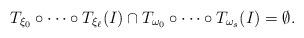
LaTeX: \begin{align*}T_{\xi_{0}}\circ\cdots\circ T_{\xi_{\ell}}(I)\cap T_{\omega_{0}}\circ\cdots\circ T_{\omega_{s}}(I)=\emptyset.\end{align*}